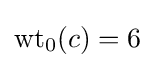
\mathrm {wt} _{0}(c)=6